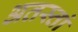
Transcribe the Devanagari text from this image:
अतस्तां